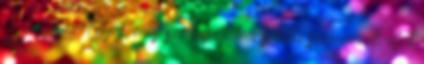
Diánához. Ó jaj, mily szörnyű látvány állta szememnek útját